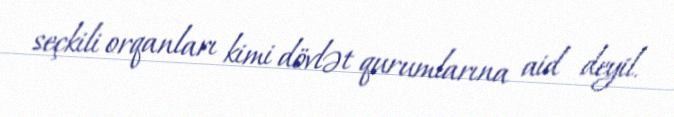
seçkili orqanları kimi dövlət qurumlarına aid deyil.